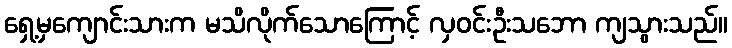
ရှေ့မှကျောင်းသားက မသိလိုက်သောကြောင့် လှဝင်းဦးသဘော ကျသွားသည်။